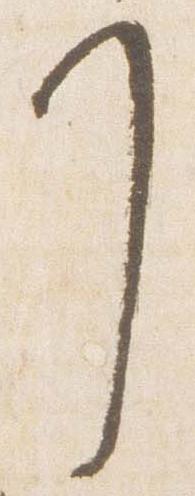
了